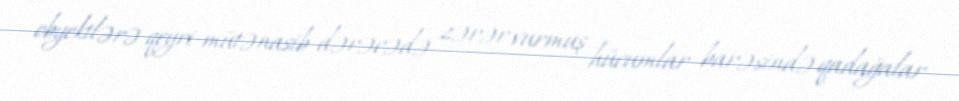
obyektlərə qeyri-mütənasib dərəcədə zərər vurmuş hücumlar barəsində qadağalar